Report on malaria in the Punjab during the year ...  together with an account of the work of the Punjab Malaria Bureau - Volume 3
Disease focus: Malaria
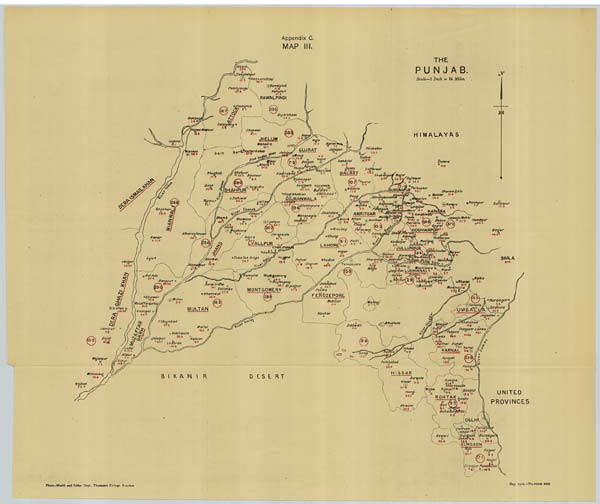
Photo.-Mechl. and Litho. Dept., Thomason College, Roorkee. May. 1916.—No.46558-420